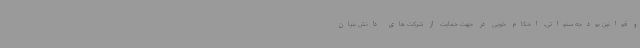
و قوانین بودجه سنواتی، احکام خوبی در جهت حمایت از شرکت های دانش بنیان